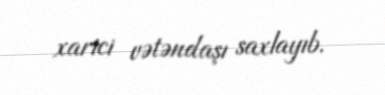
xarici vətəndaşı saxlayıb.